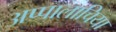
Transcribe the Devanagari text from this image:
अप्पालाचिया